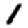
Digit: 1